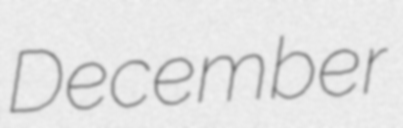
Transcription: December